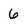
Character: 6